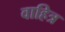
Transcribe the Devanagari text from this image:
वाहित्र